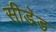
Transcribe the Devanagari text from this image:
सीडेड